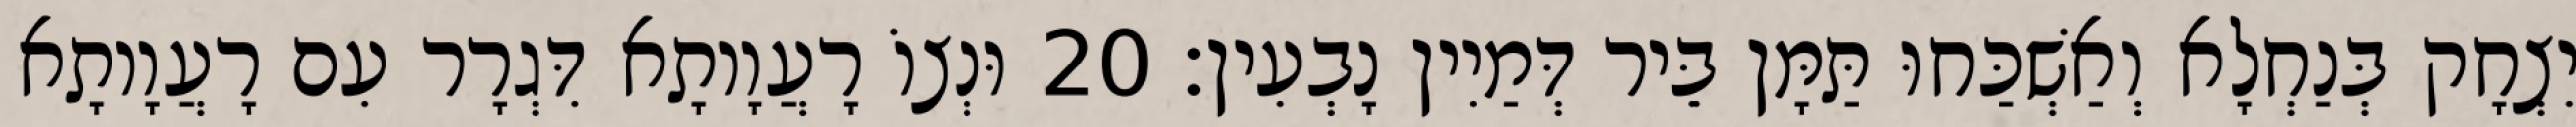
יִצְחָק בְּנַחְלָא וְאַשְׁכַּחוּ תַּמָּן בֵּיר דְּמַיִין נָבְעִין׃ 20 וּנְצוֹ רָעֲוָותָא דִּגְרָר עִם רָעֲוָותָא